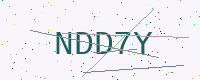
Text: NDD7Y